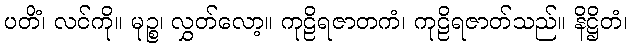
ပတိံ၊ လင်ကို။ မုဉ္စ၊ လွှတ်လော့။ ကုဠိရဇာတကံ၊ ကုဠိရဇာတ်သည်။ နိဋ္ဌိတံ၊